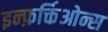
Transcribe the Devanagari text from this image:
इन्फ़र्क्तिओन्स